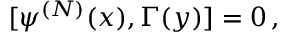
[ \psi ^ { ( N ) } ( x ) , \Gamma ( y ) ] = 0 \, ,